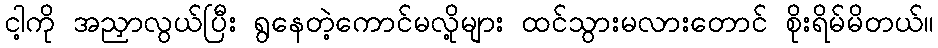
ငါ့ကို အညှာလွယ်ပြီး ရွနေတဲ့ကောင်မလို့များ ထင်သွားမလားတောင် စိုးရိမ်မိတယ်။